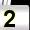
Digit: 2